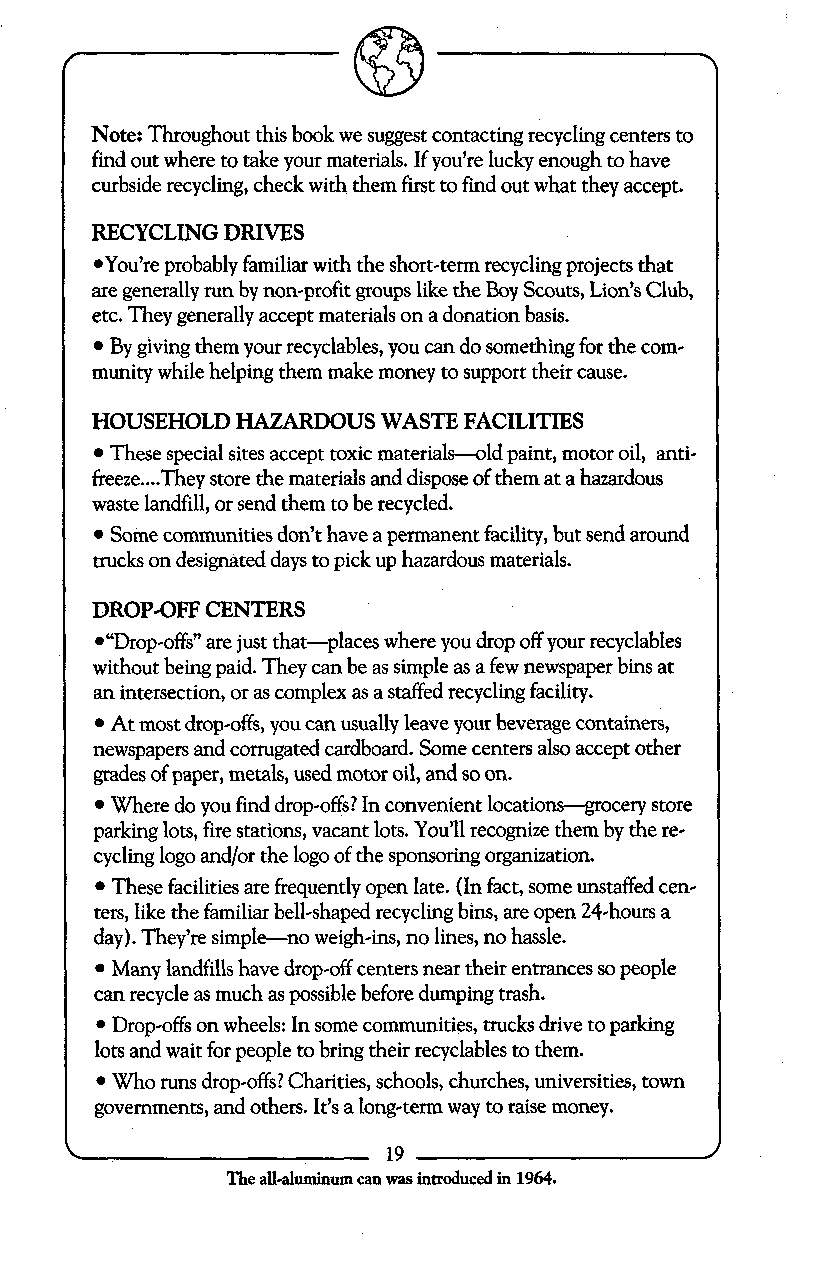
Note: Throughout this book we suggest contacting recycling centers to
 find out where to take your materials. If you’re lucky enough to have
 curbside recycling, check with them first to find out what they accept.
 RECYCLING DRIVES
 *You’re probably familiar with the short-term recycling projects that
 are generally run by non-profit groups like the Boy Scouts, Lion’s Club,
 etc. They generally accept materials on a donation basis.
 By giving them your recyclables, you can do something for the com-
 munity while helping them make money to support their cause.
 HOUSEHOLD HAZARDOUS WASTE FACILITIES
 These special sites accept toxic materiakld paint, motor oil, anti-
 ....
 freeze They store the materials and dispose of them at a hazardous
 waste landfill, or send them to be recycled.
 Some communities don’t have a permanent facility, but send around
 trucks on designated days to pick up hazardous materials.
 DROP-OFF CENTERS
 *“Drop-offs”a re just that-places where you drop off your recyclables
 without being paid. They can be as simple as a few newspaper bins at
 an intersection, or as complex as a staffed recycling facility.
 At most drop-offs, you can usually leave your beverage containers,
 newspapers and corrugated cardboard. Some centers also accept other
 grades of paper, metals, used motor oil, and so on.
 Where do you find drop-offs?I n convenient locatiomigrocery store
 parking lots, fire stations, vacant lots. You’ll recognize them by the re-
 cycling logo and/or the logo of the sponsoring organization.
 These facilities are frequently open late. (In fact, some unstaffed cen-
 ters, like the familiar bell-shaped recycling bins, are open 24-hours a
 day). They’re simple-no weigh-ins, no lines, no hassle.
 Many landfills have drop-off centers near their entrances so people
 can recycle as much as possible before dumping trash.
 Drop-offs on wheels: In some communities, trucks drive to parking
 lots and wait for people to bring their recyclables to them.
 Who runs drop-offs?C harities, schools, churches, universities, town
 govemments, and others. It’s a long-term way to raise money.
 The all-aluminum can was introduced in 1964.